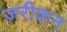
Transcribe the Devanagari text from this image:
ज़रीकन